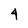
Character: 4